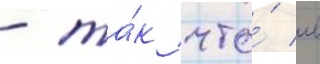
- та́к что́ в